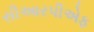
સીઆરપીએફ